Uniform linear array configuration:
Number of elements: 64
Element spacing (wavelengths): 0.25
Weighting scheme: kaiser
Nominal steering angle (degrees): -45
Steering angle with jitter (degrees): -44.662
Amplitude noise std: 0.05
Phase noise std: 0.05

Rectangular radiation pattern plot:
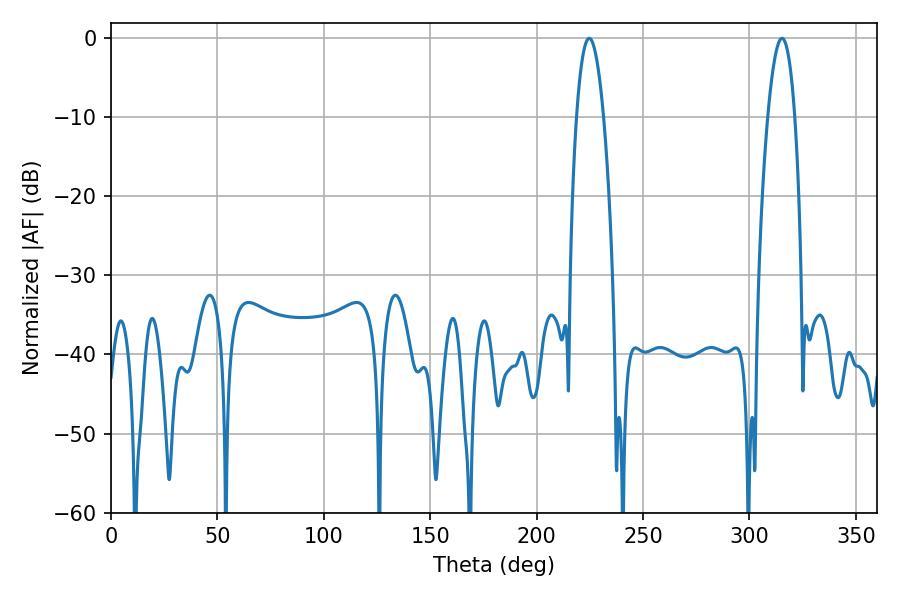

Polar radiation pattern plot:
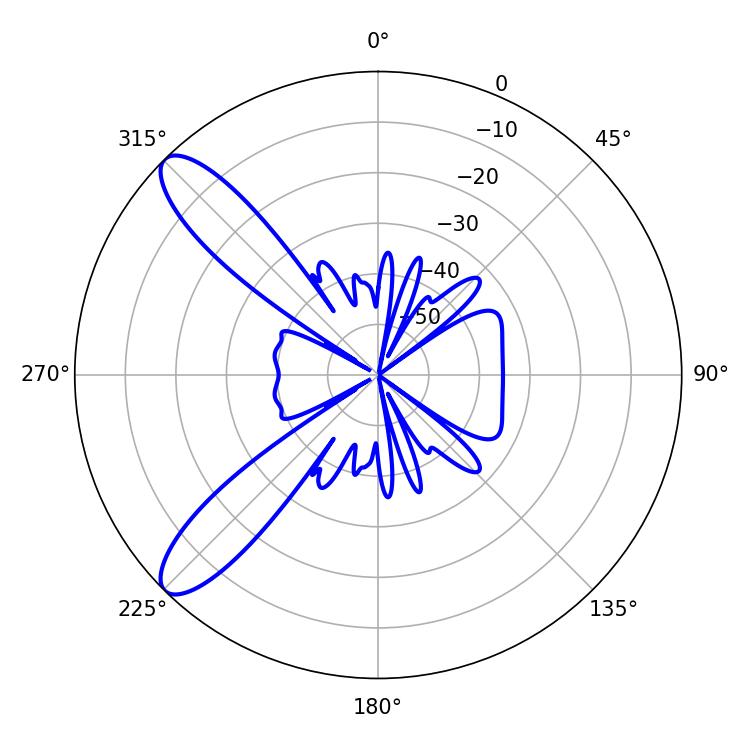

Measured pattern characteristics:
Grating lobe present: FALSE
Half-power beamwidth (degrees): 6.84
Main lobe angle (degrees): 224.64